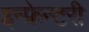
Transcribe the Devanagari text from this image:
इन्फ्रेन्टरी